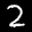
Label: 2